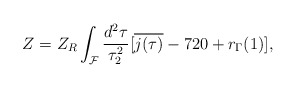
\begin{align*}Z=Z_{R}\int_{\cal F}\frac{d^{2}\tau}{\tau_{2}^{2}}[\overline{j(\tau)}-720+r_{\Gamma}(1)],\end{align*}